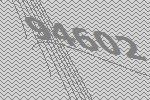
94602